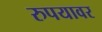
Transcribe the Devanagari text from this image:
रुपयावर